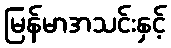
မြန်မာအသင်းနှင့်